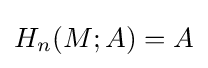
H_{n}(M;A)=A